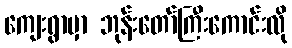
ကျေးရွာမှာ ဘုန်းတော်ကြီးကောင်းလို